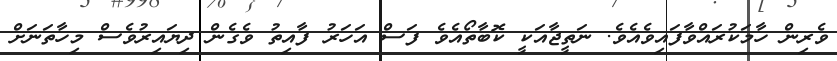
ވެރިން ހާމަކުރައްވާފައިވެއެވެ. ނަތީޖާއަކީ ކޮބާތޯއެވެ ފަސް އަހަރު ފާއިތު ވެގެން ދިޔައިރުވެސް މިހާތަނަށް